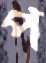
প